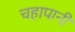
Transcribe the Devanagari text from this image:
चहापानी